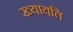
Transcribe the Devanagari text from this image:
ख्यायति